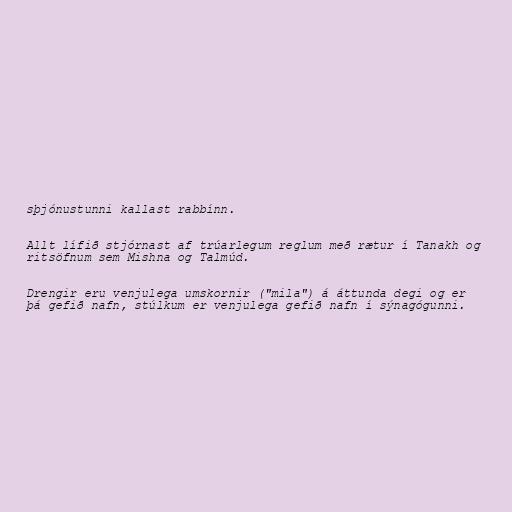
sþjónustunni kallast rabbínn.

Allt lífið stjórnast af trúarlegum reglum með rætur í Tanakh og
ritsöfnum sem Mishna og Talmúd.

Drengir eru venjulega umskornir ("mila") á áttunda degi og er
þá gefið nafn, stúlkum er venjulega gefið nafn í sýnagógunni.